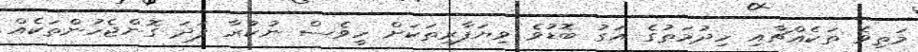
މަތިވެ ތަކެއްޗާއި ހިދުމަތުގެ އަގު ބޮޑުވެ ވިޔަފާރިތަކަށް ހީވެސް ނުކުރާ ފަދަ ގޮންޖެހުންތަކެއް